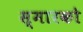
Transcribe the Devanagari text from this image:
स्मारको